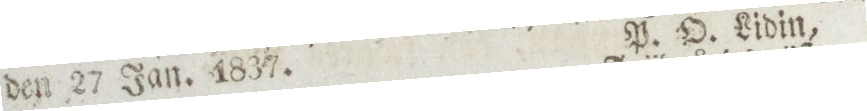
den 27 Jan. 1837.    P. O. Lidin,